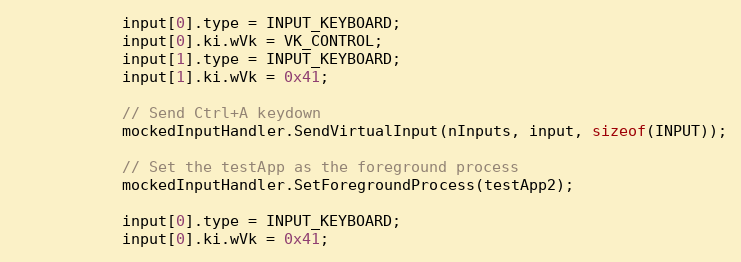
Language: C++
            input[0].type = INPUT_KEYBOARD;
            input[0].ki.wVk = VK_CONTROL;
            input[1].type = INPUT_KEYBOARD;
            input[1].ki.wVk = 0x41;

            // Send Ctrl+A keydown
            mockedInputHandler.SendVirtualInput(nInputs, input, sizeof(INPUT));

            // Set the testApp as the foreground process
            mockedInputHandler.SetForegroundProcess(testApp2);

            input[0].type = INPUT_KEYBOARD;
            input[0].ki.wVk = 0x41;